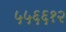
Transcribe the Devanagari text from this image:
५५६६१२